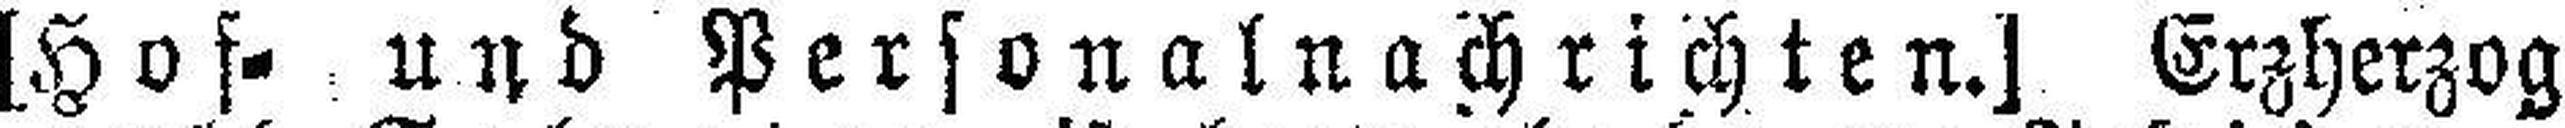
[Hof= und Personalnachrichten.] Erzherzog